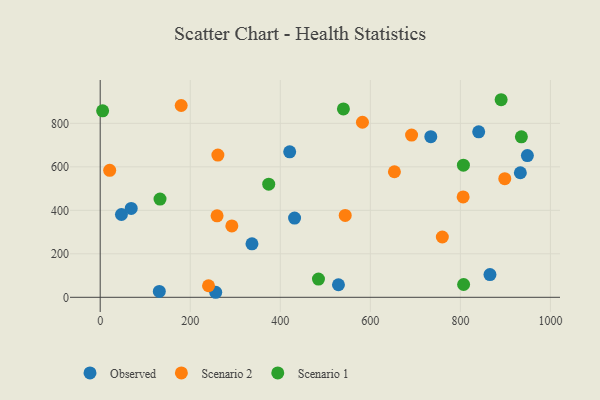
{"axis": {"x": "Price", "y": "Profit"}, "legend": ["Observed", "Scenario 1", "Scenario 2"], "data": [{"x": "865.7", "y": 104.7, "type": "Observed"}, {"x": "529.2", "y": 57.6, "type": "Observed"}, {"x": "948.8", "y": 651.7, "type": "Observed"}, {"x": "420.9", "y": 669.1, "type": "Observed"}, {"x": "734.3", "y": 738.5, "type": "Observed"}, {"x": "933.2", "y": 572.8, "type": "Observed"}, {"x": "840.7", "y": 761.0, "type": "Observed"}, {"x": "47.2", "y": 380.7, "type": "Observed"}, {"x": "131.3", "y": 27.0, "type": "Observed"}, {"x": "431.7", "y": 364.3, "type": "Observed"}, {"x": "337.1", "y": 245.8, "type": "Observed"}, {"x": "68.9", "y": 408.8, "type": "Observed"}, {"x": "256.6", "y": 23.1, "type": "Observed"}, {"x": "240.6", "y": 53.1, "type": "Scenario 2"}, {"x": "691.6", "y": 745.9, "type": "Scenario 2"}, {"x": "179.9", "y": 882.0, "type": "Scenario 2"}, {"x": "653.5", "y": 577.3, "type": "Scenario 2"}, {"x": "759.9", "y": 277.4, "type": "Scenario 2"}, {"x": "898.6", "y": 545.7, "type": "Scenario 2"}, {"x": "21.1", "y": 583.8, "type": "Scenario 2"}, {"x": "582.5", "y": 804.9, "type": "Scenario 2"}, {"x": "806.1", "y": 461.7, "type": "Scenario 2"}, {"x": "544.2", "y": 376.4, "type": "Scenario 2"}, {"x": "259.6", "y": 374.6, "type": "Scenario 2"}, {"x": "292.4", "y": 328.3, "type": "Scenario 2"}, {"x": "261.4", "y": 654.1, "type": "Scenario 2"}, {"x": "132.9", "y": 451.6, "type": "Scenario 1"}, {"x": "5.4", "y": 857.7, "type": "Scenario 1"}, {"x": "374.3", "y": 520.2, "type": "Scenario 1"}, {"x": "890.5", "y": 908.6, "type": "Scenario 1"}, {"x": "807.2", "y": 58.9, "type": "Scenario 1"}, {"x": "484.8", "y": 84.0, "type": "Scenario 1"}, {"x": "540.2", "y": 866.2, "type": "Scenario 1"}, {"x": "935.5", "y": 737.9, "type": "Scenario 1"}, {"x": "806.7", "y": 607.5, "type": "Scenario 1"}]}